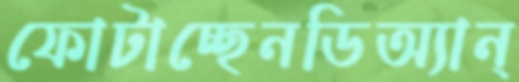
ফোটাচ্ছেনডিঅ্যান্